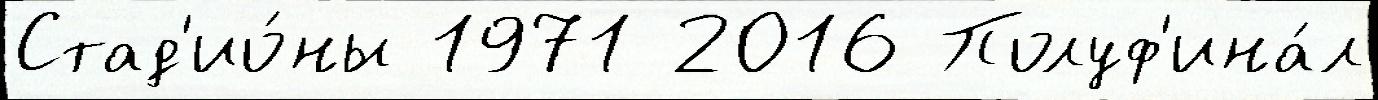
Стад'ио́ны 1971 2016 Полуф'ина́л